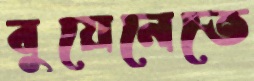
বুয়েনেতে